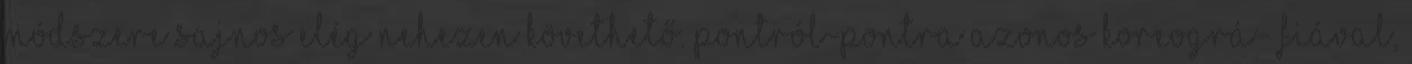
módszere sajnos elég nehezen követhető. Pontról-pontra azonos koreográ- fiával,